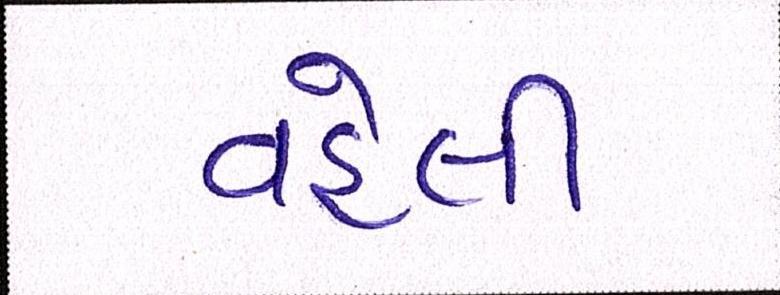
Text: વહેલી